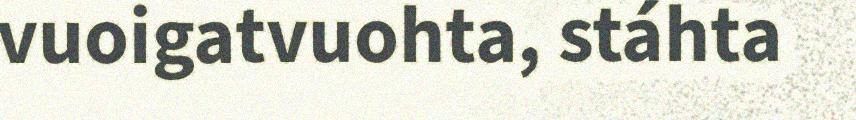
vuoigatvuohta, stáhta